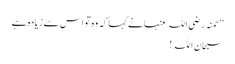
‘‘ حمنہ رضی اللہ عنہا نے کہا کہ وہ تو اس سے زیادہ ہے
سبحان اللہ !